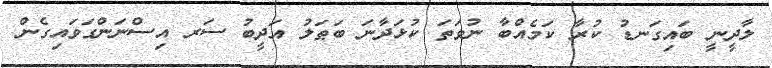
ލާދީނީ ބައިގަނޑު ކުރާ ކަމެއްބާ ނުވަތަ ކުޅަދާނަ ބަޠަލު އަދީބު ސަރ އިސްނަންގަވައިގެން